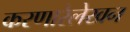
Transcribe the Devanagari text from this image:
करणारेलेखन